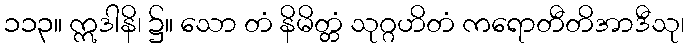
၁၁၃။ ဣဒါနိ၊ ၌။ သော တံ နိမိတ္တံ သုဂ္ဂဟိတံ ကရောတီတိအာဒီသု၊